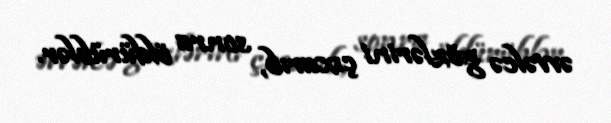
əvvəlcə gözlərini çıxarıb, sonra öldürüblər.